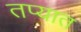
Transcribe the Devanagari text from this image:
तप्यात